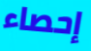
إحصاء